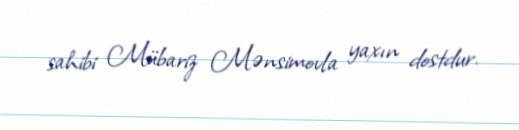
sahibi Mübariz Mənsimovla yaxın dostdur.